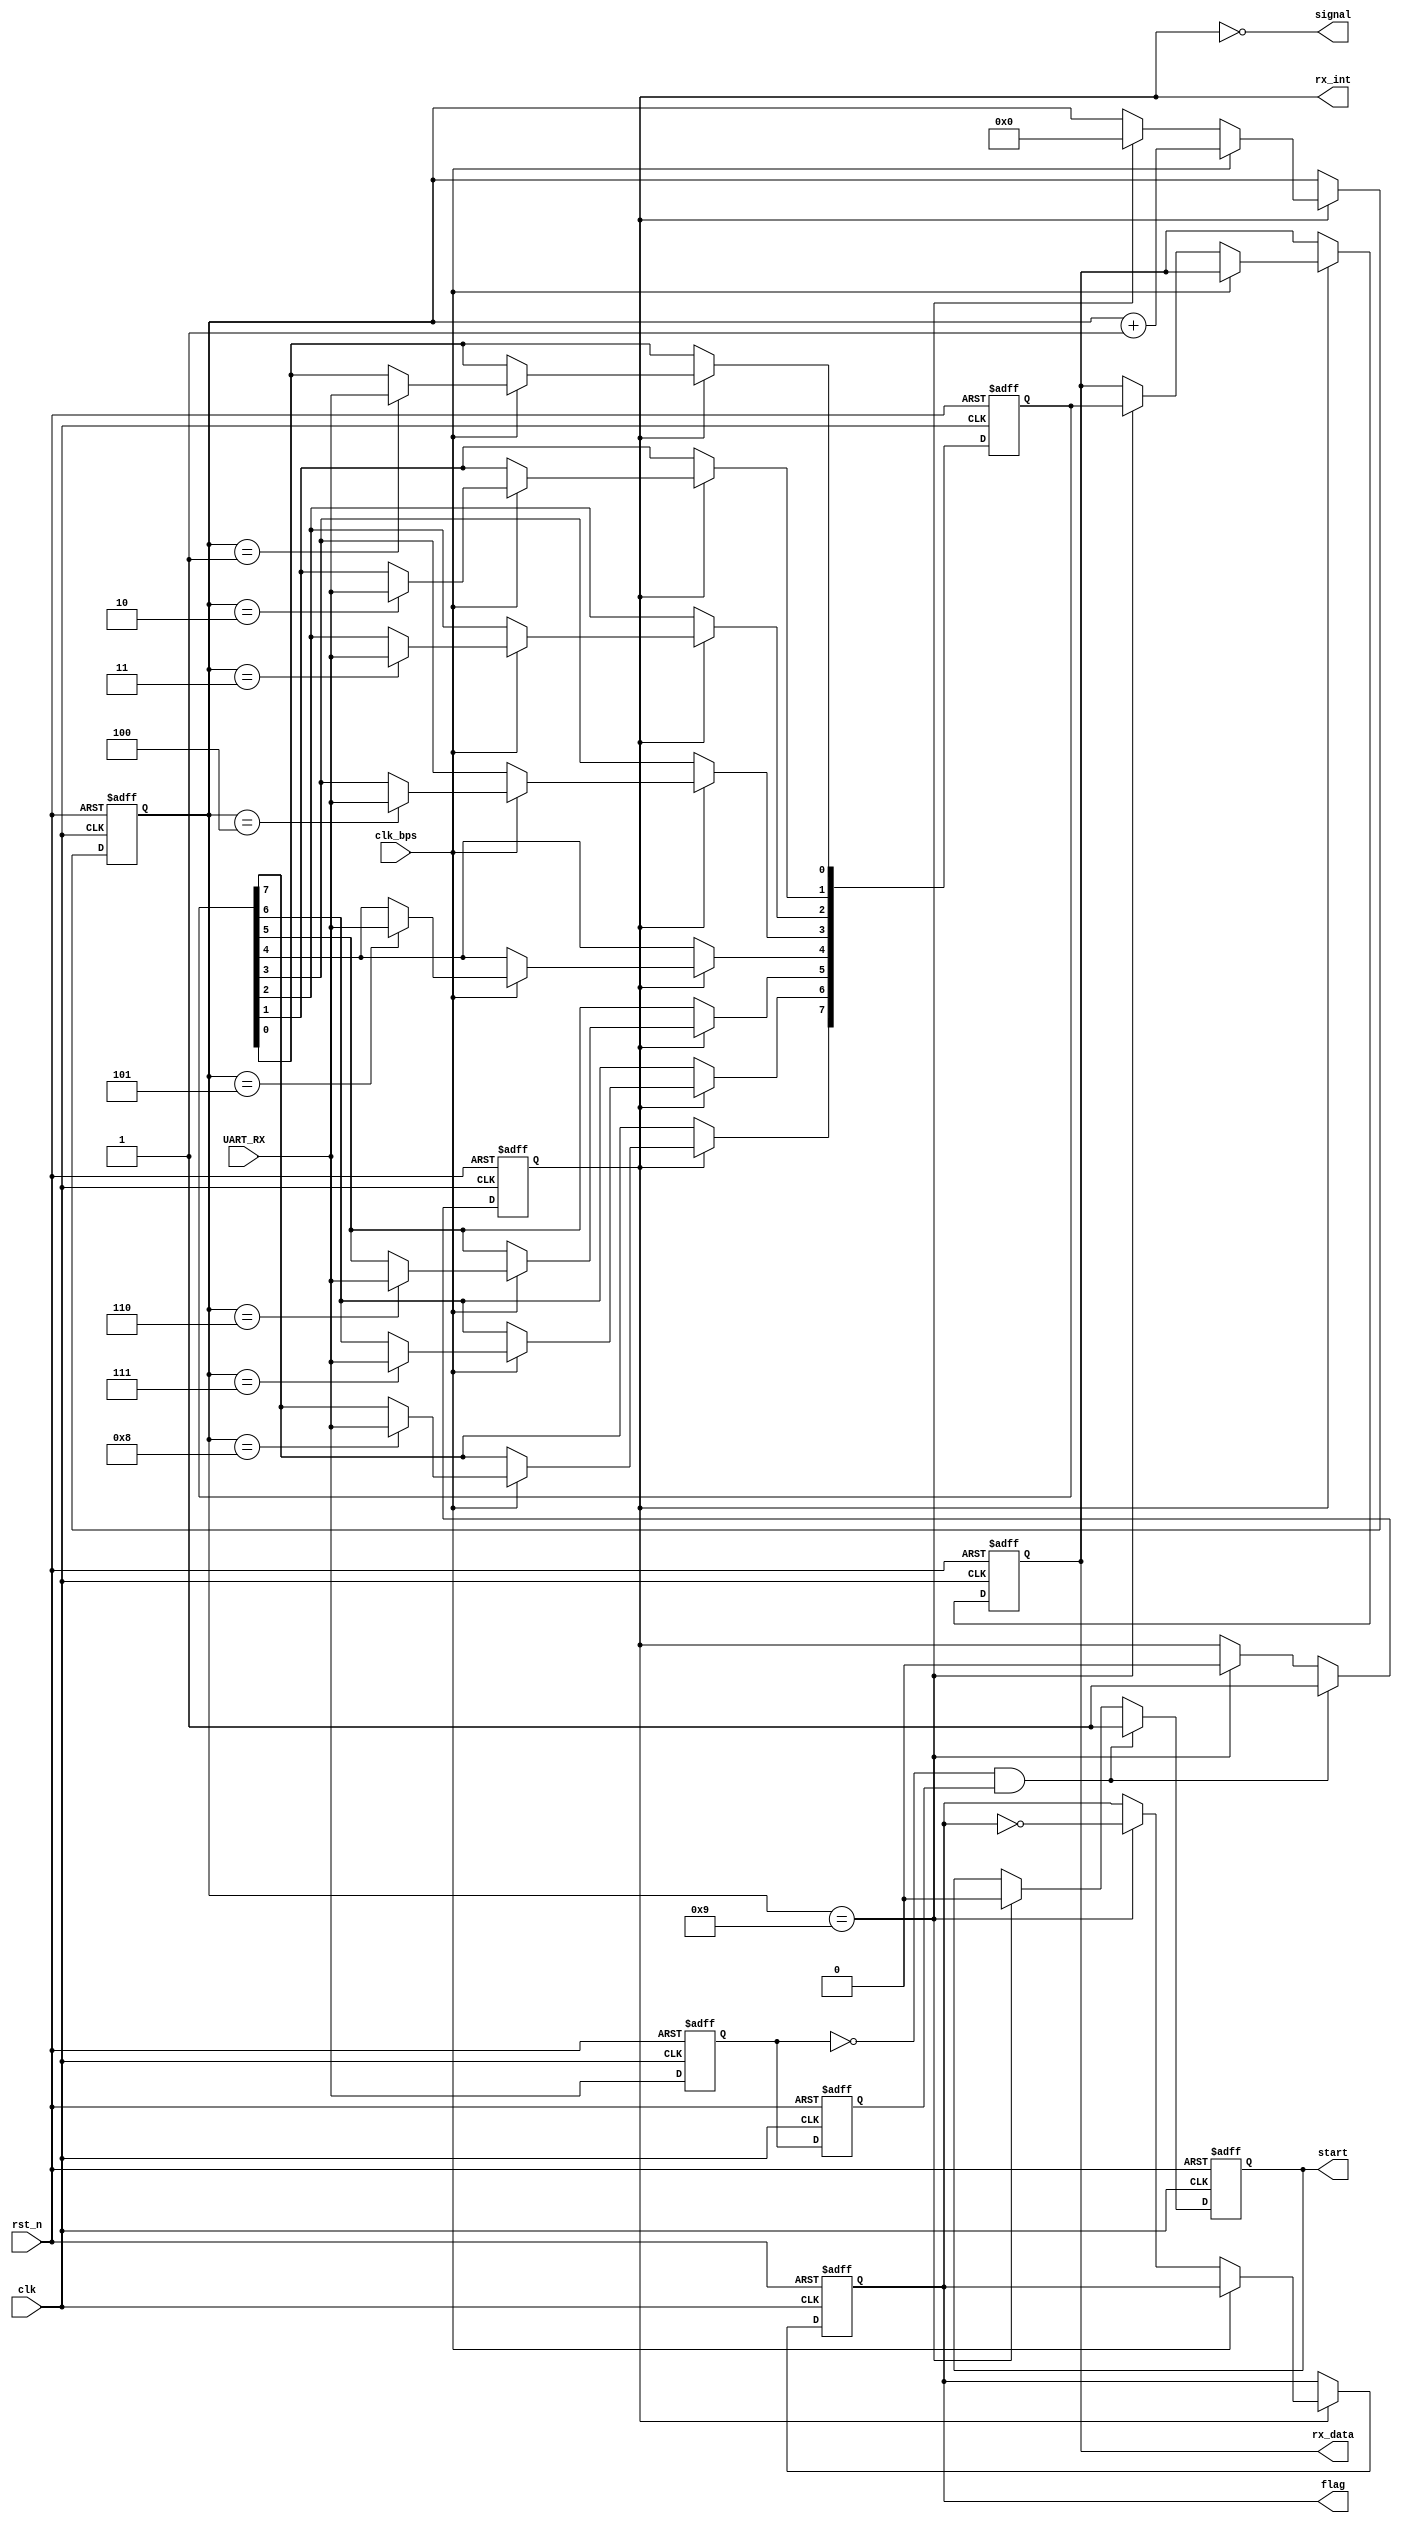
module my_uart_rx(clk,rst_n,UART_RX,rx_data,rx_int,clk_bps,start,flag,signal);

input        clk;
input        rst_n;
input        UART_RX;
input        clk_bps;
output       start;
output [7:0] rx_data;
output       rx_int;
output       flag;
output       signal;

reg       start_r;
reg [3:0] num;
reg       rx_int;
reg       UART_RX_r1,UART_RX_r2;
wire      reg_UART_RX;

reg    	  flag;

assign signal = ~rx_int;

//assign signal = reg_UART_RX;

assign reg_UART_RX=~UART_RX_r1&UART_RX_r2;

always @ (posedge clk or negedge rst_n)
if(!rst_n) begin
    UART_RX_r1<=1'b0;
	 UART_RX_r2<=1'b0;
end
else begin
    UART_RX_r2<=UART_RX_r1;
    UART_RX_r1<=UART_RX;	
end

always @ (posedge clk or negedge rst_n)
if(!rst_n) begin
    start_r<=1'b0;
	 rx_int<=1'b0;
end
else if(reg_UART_RX) begin
    start_r<=1'b1;
	 rx_int<=1'b1;
end
else if(num==4'd9) begin
    start_r<=1'b0;
	 rx_int<=1'b0;
end

assign start = start_r;

reg [7:0]rx_data_r;
reg [7:0]rx_temp_data;

always @ (posedge clk or negedge rst_n)
if(!rst_n) begin
    rx_temp_data<=8'd0;
	 num<=4'd0;
	 rx_data_r<=8'd0;
	 flag<=0;
	 //signal<=0;
end
else if(rx_int) begin
    //signal<=0;
    if(clk_bps) begin
	     num<=num+1'b1;
		  case(num)
		      4'd1: rx_temp_data[0]<=UART_RX;
		      4'd2: rx_temp_data[1]<=UART_RX;
		      4'd3: rx_temp_data[2]<=UART_RX;
		      4'd4: rx_temp_data[3]<=UART_RX;
		      4'd5: rx_temp_data[4]<=UART_RX;
		      4'd6: rx_temp_data[5]<=UART_RX;
		      4'd7: rx_temp_data[6]<=UART_RX;
		      4'd8: rx_temp_data[7]<=UART_RX;
		      default: ;
		  endcase
	 end
	 else if(num==4'd9) begin
	     num<=4'd0;
		  rx_data_r<=rx_temp_data;
		  flag<=~flag;
		  //signal<=1;
	 end
end
//else signal<=0;

assign rx_data = rx_data_r;

endmodule